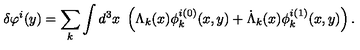
\delta \varphi ^ { i } ( y ) = \sum _ { k } \int d ^ { 3 } x \ \left( \Lambda _ { k } ( x ) \phi _ { k } ^ { i ( 0 ) } ( x , y ) + \dot { \Lambda } _ { k } ( x ) \phi _ { k } ^ { i ( 1 ) } ( x , y ) \right) .